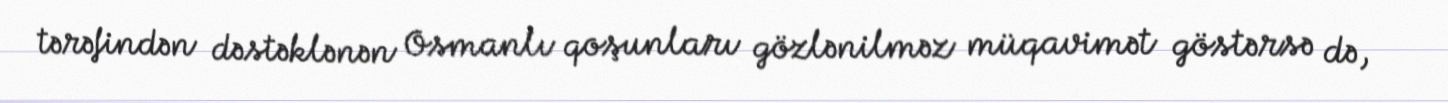
tərəfindən dəstəklənən Osmanlı qoşunları gözlənilməz müqavimət göstərsə də,